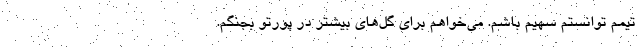
تیمم توانستم سهیم باشم. می‌خواهم برای گل‌های بیشتر در پورتو بجنگم.